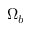
\Omega _ { b }